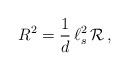
LaTeX: \begin{align*}R^2 = \frac{1}{d} \, \ell_s^2 \, {\cal R} \, , \end{align*}